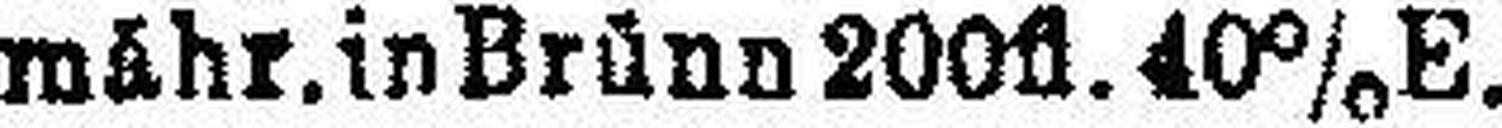
„ mähr. in Brünn 200fl. 40% E.